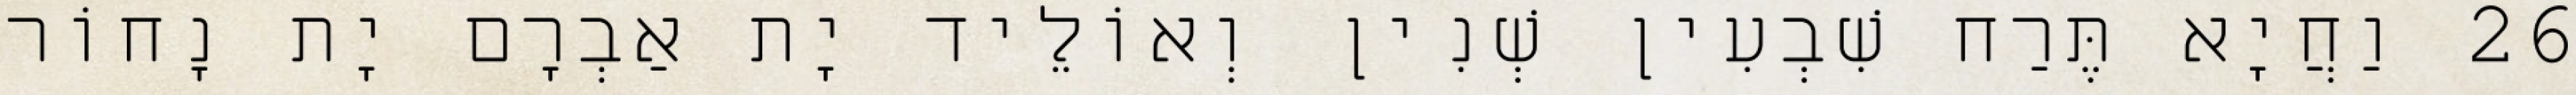
26 וַחֲיָא תֶּרַח שִׁבְעִין שְׁנִין וְאוֹלֵיד יָת אַבְרָם יָת נָחוֹר